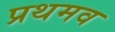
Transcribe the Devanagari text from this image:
प्रथमव